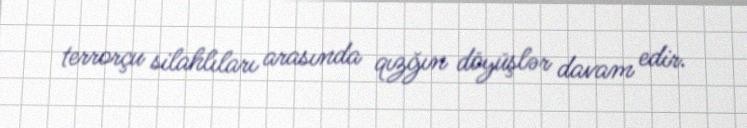
terrorçu silahlıları arasında qızğın döyüşlər davam edir.